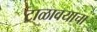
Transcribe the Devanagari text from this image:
टाळावयाचा